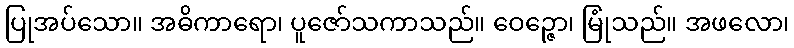
ပြုအပ်သော။ အဓိကာရော၊ ပူဇော်သကာသည်။ ဝေဉ္ဇော၊ မြုံသည်။ အဖလော၊